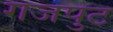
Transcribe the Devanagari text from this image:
गजपुट